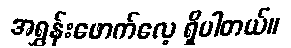
အရွှန်းဖောက်လေ့ ရှိပါတယ်။